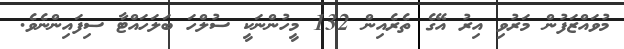
މުވައްޒަފުން މަރުވި އިރު އޭގެ ތެރެއިން 132 މީހުންނަކީ ސުލްހަ ބަލަހައްޓާ ސިފައިންނެވެ.